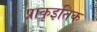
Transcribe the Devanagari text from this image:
प्राकृइतिक